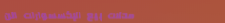
محلات بيع الإكسسوارات الن